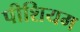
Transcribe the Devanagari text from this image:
पीशियम